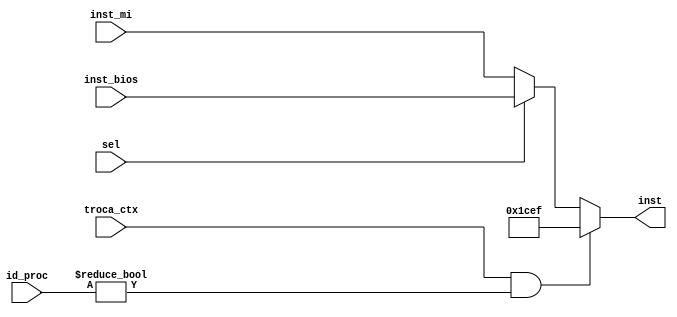
module mux_instr_pc (inst_bios, inst_mi, inst, sel, troca_ctx, id_proc);

input sel, troca_ctx;
input [1:0] id_proc;
input [31:0] inst_bios, inst_mi;
output reg [31:0] inst;

	always @(*)
	begin
		if (troca_ctx == 1 && id_proc != 0)
			inst = 32'b00000000000000000001110011101111; //jal $aux_so 1 (salva PC)
		else if (sel == 0)
			inst = inst_mi;
		else
			inst = inst_bios;
	end

endmodule